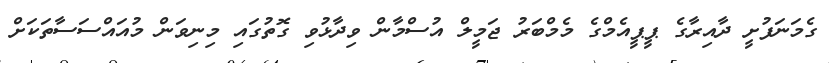
ގެމަނަފުށީ ދާއިރާގެ ޕީޕީއެމްގެ މެމްބަރު ޖަމީލް އުސްމާން ވިދާޅުވި ގޮތުގައި މިނިވަން މުއައްސަސާތަކަށް